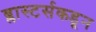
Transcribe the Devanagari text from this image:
ब्लास्टर्सकडून